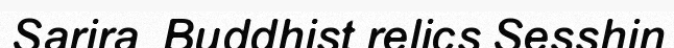
Sarira  Buddhist relics Sesshin